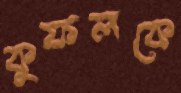
কুফলকে